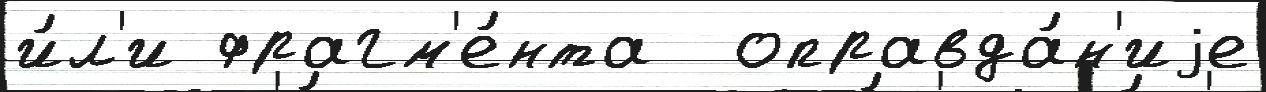
и́л'и фрагм'е́нта  оправда́н'иjе